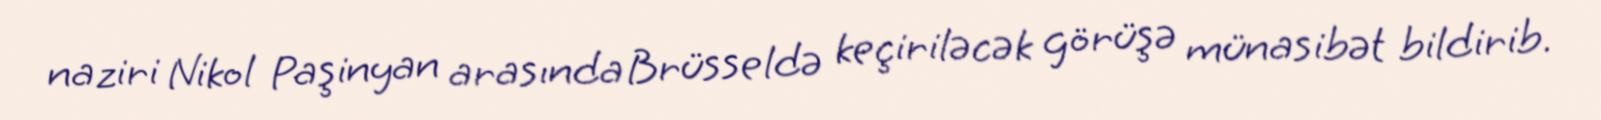
naziri Nikol Paşinyan arasında Brüsseldə keçiriləcək görüşə münasibət bildirib.